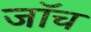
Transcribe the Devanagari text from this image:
जाॅच